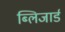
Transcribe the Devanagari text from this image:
ब्लिजार्ड